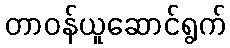
တာဝန်ယူဆောင်ရွက်